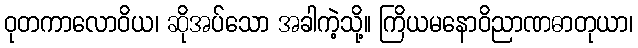
ဝုတကာလောဝိယ၊ ဆိုအပ်သော အခါကဲ့သို့။ ကြိယမနောဝိညာဏဓာတုယာ၊